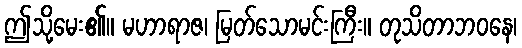
ဤသို့မေး၏။ မဟာရာဇ၊ မြတ်သောမင်းကြီး။ တုသိတာဘဝနေ၊